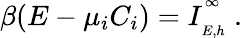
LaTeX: \beta(E-\mu_{i}C_{i})=I_{\phantom{}_{E,h}}^{\phantom{}^{\infty}}\ .